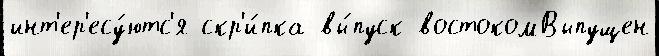
инт'ер'есу́ютс'я скр'и́пка вы́пуск востокомВыпущен